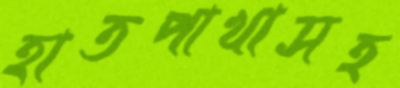
হাতপাখাসহ